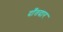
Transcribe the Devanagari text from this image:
दाँतदार